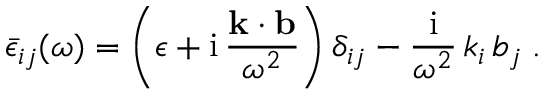
{ \bar { \epsilon } } _ { i j } ( \omega ) = \left( \epsilon + \mathrm { i } \, \frac { { \mathbf { k } \cdot \mathbf { b } } } { { \omega } ^ { 2 } } \right) { \delta } _ { i j } - \frac { \mathrm { i } } { { \omega } ^ { 2 } } \, k _ { i } \, b _ { j } \; .